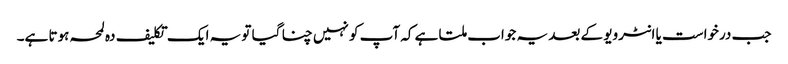
جب درخواست یا انٹرویو کے بعد یہ جواب ملتا ہے کہ آپ کو نہیں چنا گیا تو یہ ایک تکلیف دہ لمحہ ہوتا ہے۔